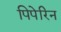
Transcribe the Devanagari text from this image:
पिपेरिन